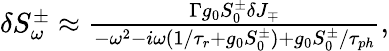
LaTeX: \begin{array}{r}{\delta S_{\omega}^{\pm}\approx\frac{\Gamma g_{0}S_{0}^{\pm}\delta J_{\mp}}{-\omega^{2}-i\omega(1/\tau_{r}+g_{0}S_{0}^{\pm})+g_{0}S_{0}^{\pm}/\tau_{ph}},}\end{array}